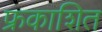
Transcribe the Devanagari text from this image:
फ्रकाशित